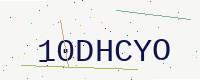
Text: 10DHCYO